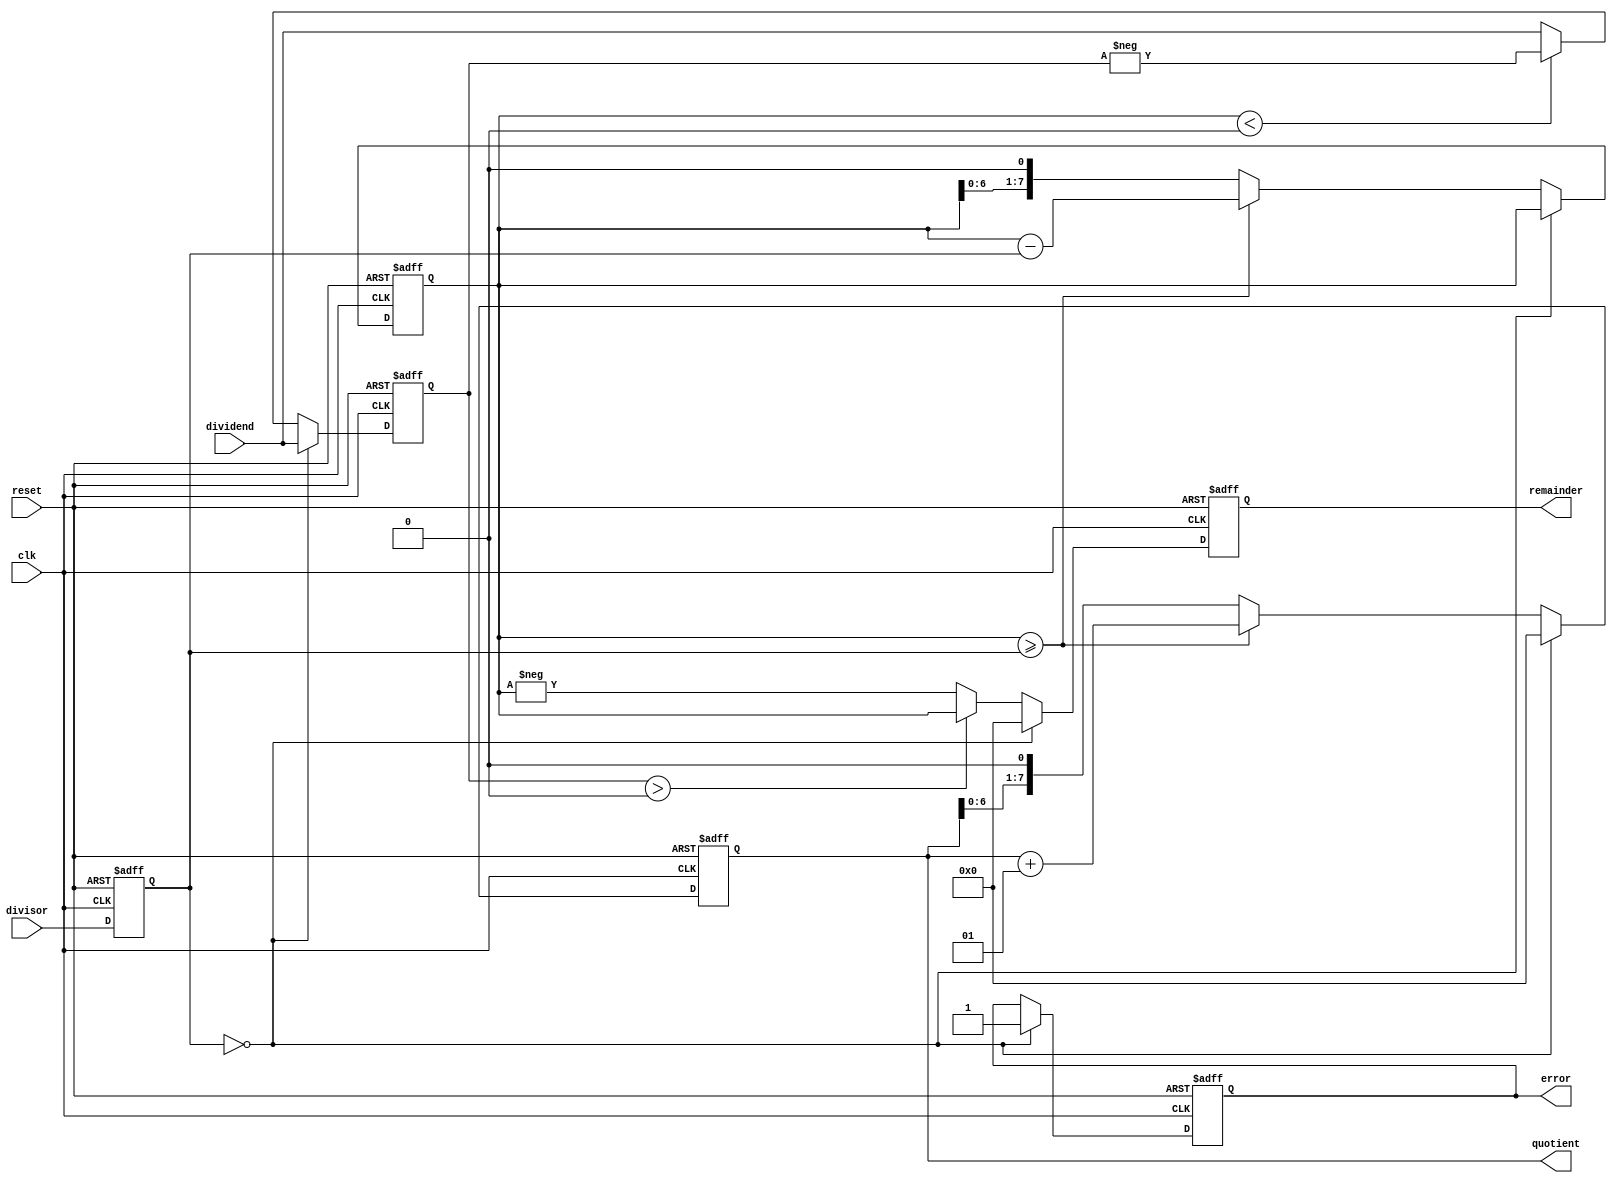
module synchronous_divider (
    input wire clk,
    input wire reset,
    input wire signed [7:0] dividend,
    input wire signed [7:0] divisor,
    output reg signed [7:0] quotient,
    output reg signed [7:0] remainder,
    output reg error
);

reg signed [7:0] temp_dividend;
reg signed [7:0] temp_divisor;
reg signed [7:0] temp_result;

always @(posedge clk or posedge reset) begin
    if (reset) begin
        temp_dividend <= 8'b0;
        temp_divisor <= 8'b0;
        temp_result <= 8'b0;
        quotient <= 8'b0;
        remainder <= 8'b0;
        error <= 1'b0;
    end
    else begin
        temp_dividend <= dividend;
        temp_divisor <= divisor;

        if (temp_divisor == 8'b0) begin
            error <= 1'b1;
            quotient <= 8'b0;
            remainder <= 8'b0;
        end
        else begin
            temp_result <= temp_dividend;
            if (temp_result < 0) begin
                temp_result <= -temp_result;
                temp_dividend <= -temp_dividend;
            end

            repeat(8) begin
                if (temp_result >= temp_divisor) begin
                    temp_result <= temp_result - temp_divisor;
                    quotient <= quotient + 1;
                end
                else begin
                    temp_result <= temp_result << 1;
                    quotient <= quotient << 1;
                end
            end
            remainder <= temp_dividend > 0 ? temp_result : -temp_result;
        end
    end
end

endmodule